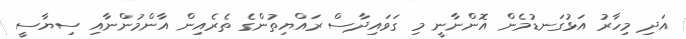
އަދި މިހާރު އަޅުގަނޑުމެން އޮންނާނީ މި ގަވައިދާސް ރައްޔިތުންގެ ތެރެއިން އާންމުންނާއި ސިޔާސީ